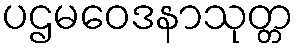
ပဌမဝေဒနာသုတ္တ